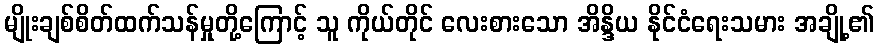
မျိုးချစ်စိတ်ထက်သန်မှုတို့ကြောင့် သူ ကိုယ်တိုင် လေးစားသော အိန္ဒိယ နိုင်ငံရေးသမား အချို့၏